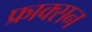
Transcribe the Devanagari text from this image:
फ्राक्सन